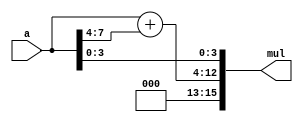
module multiply_constant_17_concatenation (
    input [7:0] a,
    output [15:0] mul
    );

    wire [8:0] sum_mid;
    
    assign sum_mid = {1'b0, a} + {5'b0_0000, a[7:4]};
    assign mul = {3'b000, sum_mid, a[3:0]};
    
endmodule